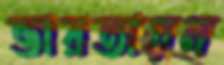
ভারতায়ন